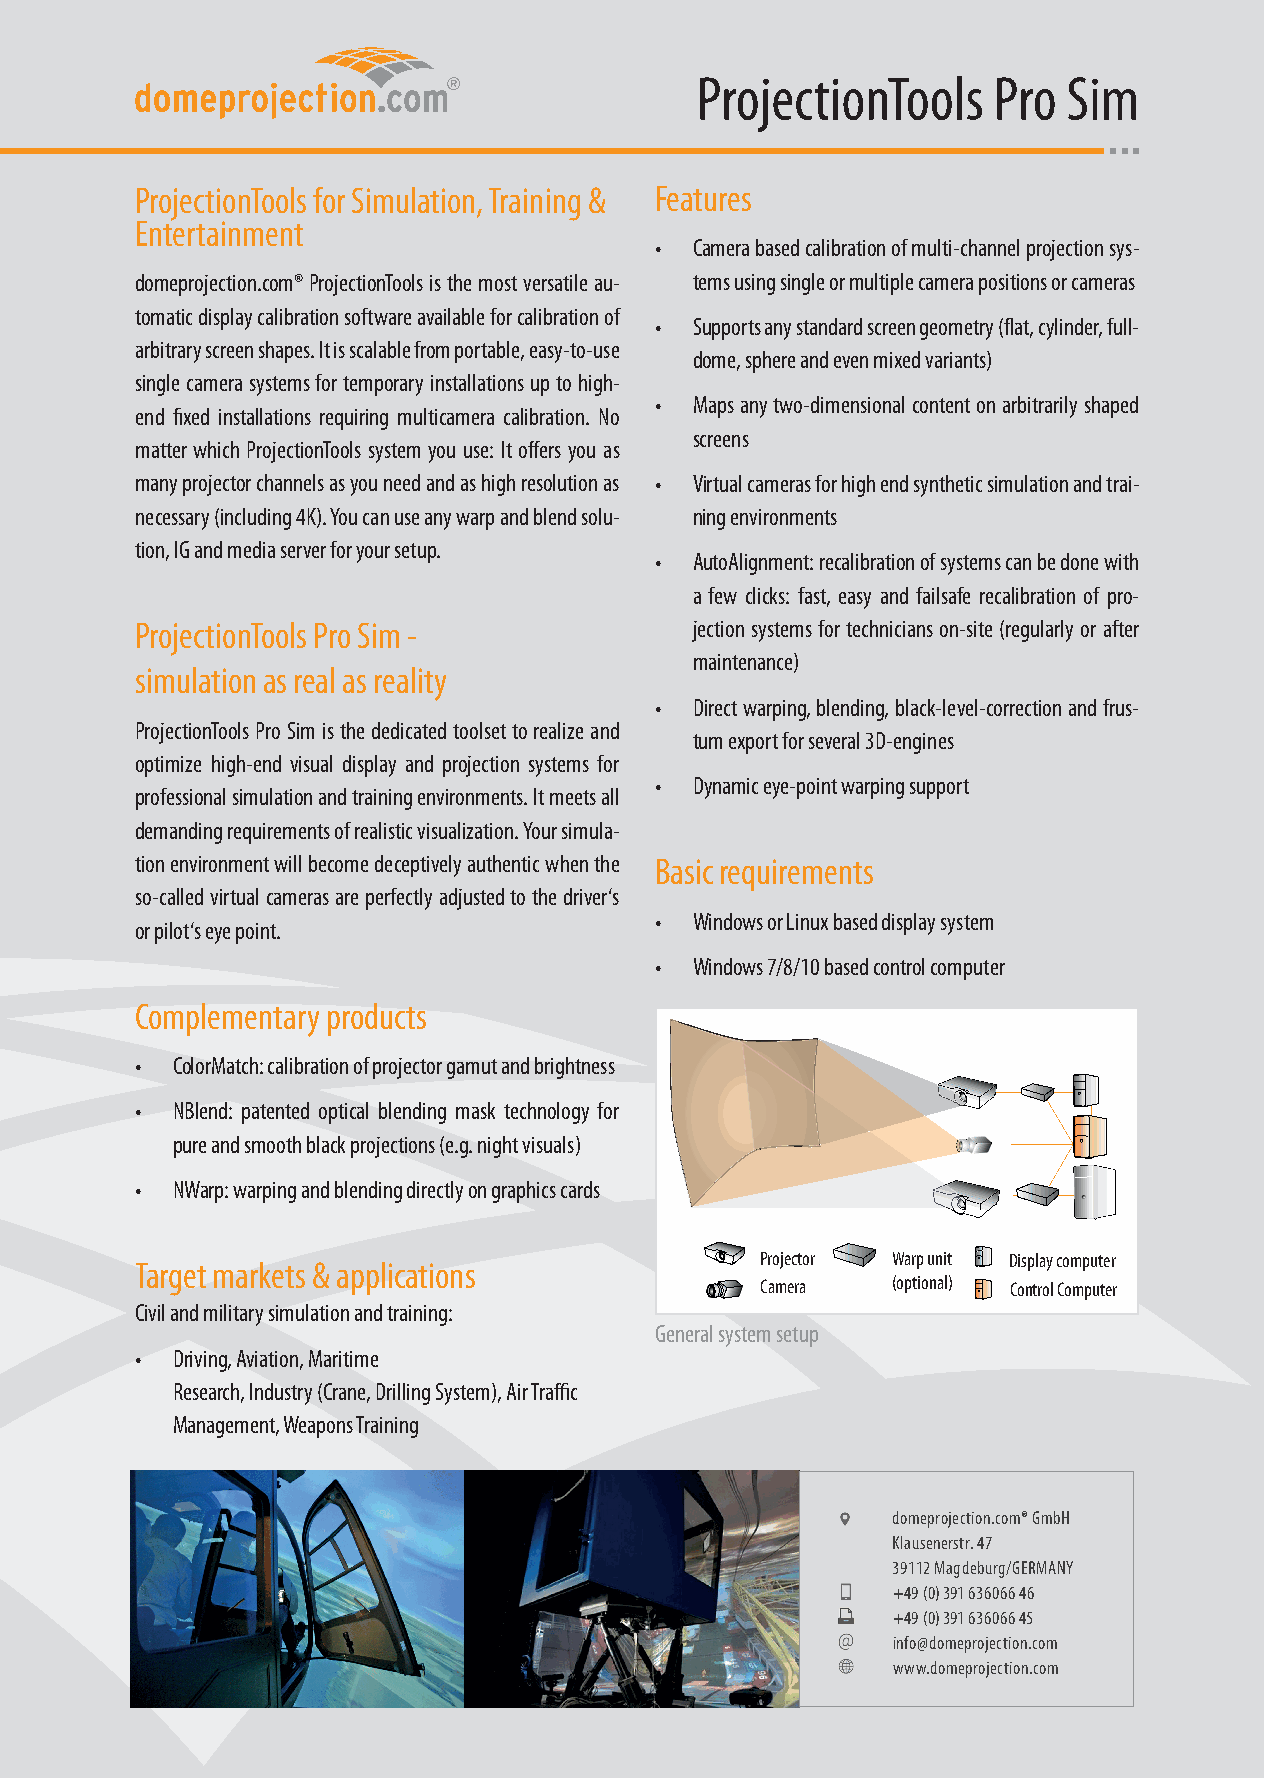
ProjectionTools     Pro  Sim
 ProjectionTools for Simulation, Training & Features
 Entertainment
 •  Camera based calibration of multi-channel projection sys-
 domeprojection.com® ProjectionTools is the most versatile au- tems using single or multiple camera positions or cameras
 tomatic display calibration software available for calibration of
 •  Supports any standard screen geometry (flat, cylinder, full-
 arbitrary screen shapes. It is scalable from portable, easy-to-use
 dome, sphere and even mixed variants)
 single camera systems for temporary installations up to high-
 •  Maps any two-dimensional content on arbitrarily shaped
 end fixed installations requiring multicamera calibration. No
 screens
 matter which ProjectionTools system you use: It offers you as
 many projector channels as you need and as high resolution as • Virtual cameras for high end synthetic simulation and trai-
 necessary (including 4K). You can use any warp and blend solu- ning environments
 tion, IG and media server for your setup.
 •  AutoAlignment: recalibration of systems can be done with
 a few clicks: fast, easy and failsafe recalibration of pro-
 ProjectionTools Pro Sim -            jection systems for technicians on-site (regularly or after
 maintenance)
 simulation as real as reality
 •  Direct warping, blending, black-level-correction and frus-
 ProjectionTools Pro Sim is the dedicated toolset to realize and
 tum export for several 3D-engines
 optimize high-end visual display and projection systems for
 •  Dynamic eye-point warping support
 professional simulation and training environments. It meets all
 demanding requirements of realistic visualization. Your simula-
 tion environment will become deceptively authentic when the Basic requirements
 so-called virtual cameras are perfectly adjusted to the driver‘s
 •  Windows or Linux based display system
 or pilot‘s eye point.
 •  Windows 7/8/10 based control computer
 Complementary products
 • ColorMatch: calibration of projector gamut and brightness
 • NBlend: patented optical blending mask technology for
 pure and smooth black projections (e.g. night visuals)
 • NWarp: warping and blending directly on graphics cards
 Projector Warp unit Display computer
 Target markets & applications
 Camera   (optional) Control Computer
 Civil and military simulation and training:
 General system setup
 • Driving, Aviation, Maritime
 Research, Industry (Crane, Drilling System), Air Traffic
 Management, Weapons Training
 domeprojection.com® GmbH
 Klausenerstr. 47
 39112 Magdeburg/GERMANY
 +49 (0) 391 636066 46
 +49 (0) 391 636066 45
 info@domeprojection.com
 www.domeprojection.com